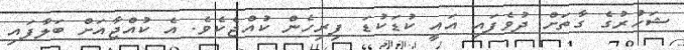
ޝަހުރުގެ ގާތަށް ދުވެފައި އައީ ކުޑަކުޑަ ފިރިހެން ކުއްޖެކެވެ. އެ ކުއްޖާއަށް ބަލާފައި